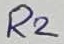
Text: R2